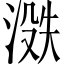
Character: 𪶟